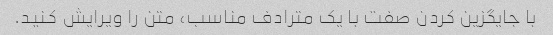
با جایگزین کردن صفت با یک مترادف مناسب، متن را ویرایش کنید.